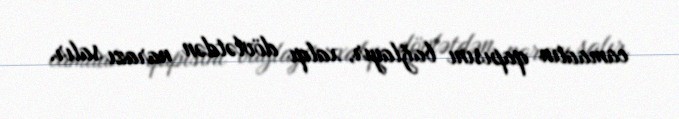
camaatın qapısını bağlayır, xalqı dövlətdən narazı salır.